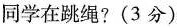
同学在跳绳?(3分)